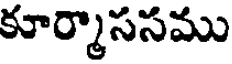
కూర్మాససము